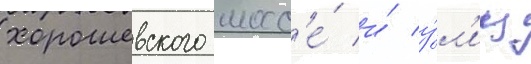
хорошевского шосс'е́ и́ у́л'иц